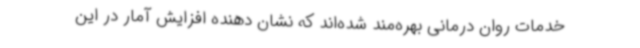
خدمات روان درمانی بهره‌مند شده‌اند که نشان دهنده افزایش آمار در این